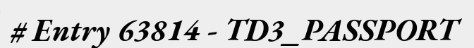
# Entry 63814 - TD3_PASSPORT